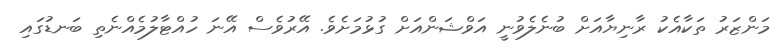
މަންޒަރު ތަކާއެކު ރާނިޔާއަށް ބުނެލެވުނީ އަވްޝަންއަށް ގުޅުމަށެވެ. އޭރުވެސް އޭނަ ހުއްޓާލުމެއްނެތި ބަނޑުގައި